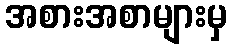
အစားအစာများမှ